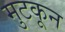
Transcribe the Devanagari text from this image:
मुटकून